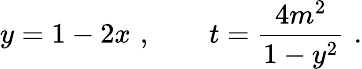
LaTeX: y=1-2x\, \, ,\qquad t=\frac{4m^{2}}{1-y^{2}}\, \, .